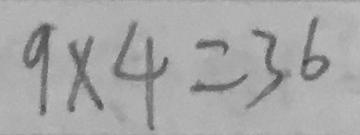
9 \times 4 = 3 6